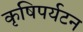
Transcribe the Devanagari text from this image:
कृषिपर्यटन